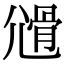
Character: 𡰊